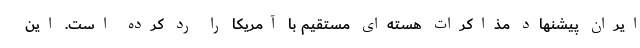
ایران پیشنهاد مذاکرات هسته‌ای مستقیم با آمریکا را رد کرده است. این